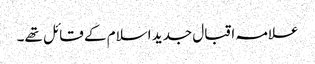
علامہ اقبال جدید اسلام کے قائل تھے۔